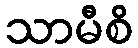
သာမီစိ